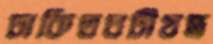
ঢাকিতঘটীযন্ত্র